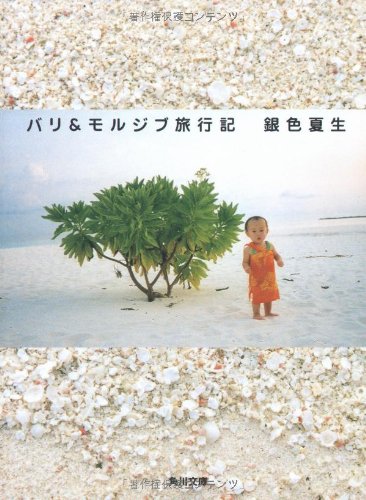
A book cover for Bali Travels Maldives [Japanese Edition]; Giniro Natsuo; Travel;